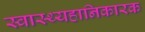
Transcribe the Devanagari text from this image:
स्वास्थ्यहानिकारक